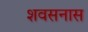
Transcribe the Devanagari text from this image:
शवसनास